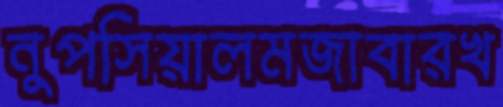
নুপসিয়ালমজাবারখ